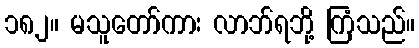
၁၈၂။ မသူတော်ကား လာဘ်ရဘို့ ကြံသည်။